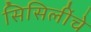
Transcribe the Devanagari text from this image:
सिसिलींचे